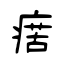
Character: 瘔